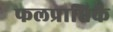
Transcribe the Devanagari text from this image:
फलप्राप्तिके